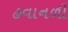
હવાનળી